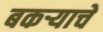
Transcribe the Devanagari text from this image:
बकर्‍याचें